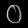
Digit: ၀